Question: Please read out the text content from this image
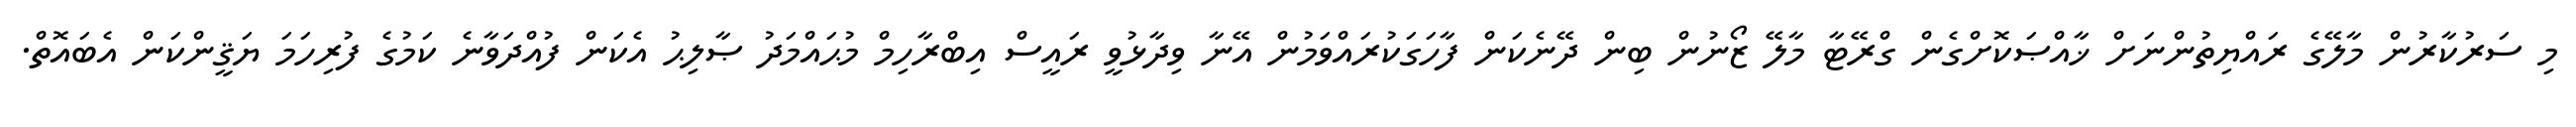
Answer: މި ސަރުކާރުން މާލޭގެ ރައްޔިތުންނަށް ޚާއްޞަކޮށްގެން ގްރޭޓާ މާލޭ ޒޯނުން ބިން ދޭނެކަން ފާހަގަކުރައްވަމުން އޭނާ ވިދާޅުވީ ރައީސް އިބްރާހިމް މުޙައްމަދު ޞާލިޙު އެކަން ފުއްދަވާނެ ކަމުގެ ފުރިހަމަ ޔަޤީންކަން އެބައޮތް.